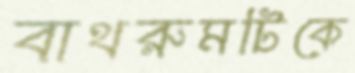
বাথরুমটিকে